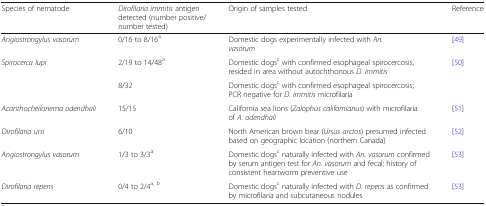
<table><thead><tr><td><b>Species of nematode</b></td><td><b><i>Dirofilaria immitis</i> antigen detected (number positive/number tested)</b></td><td><b>Origin of samples tested</b></td><td><b>Reference</b></td></tr></thead><tbody><tr><td><i>Angiostrongylus vasorum</i></td><td>0/16 to 8/16<sup>a</sup></td><td>Domestic dogs experimentally infected with <i>An. vasorum</i></td><td>[49]</td></tr><tr><td rowspan="2"><i>Spirocerca lupi</i></td><td>2/19 to 14/48<sup>a</sup></td><td>Domestic dogs<sup>c</sup> with confirmed esophageal spirocercosis, resided in area without autochthonous <i>D. immitis</i></td><td rowspan="2">[50]</td></tr><tr><td>8/32</td><td>Domestic dogs<sup>c</sup> with confirmed esophageal spirocercosis; PCR negative for <i>D. immitis</i> microfilaria</td></tr><tr><td><i>Acanthocheilonema odendhali</i></td><td>15/15</td><td>California sea lions (<i>Zalophus californianus</i>) with microfilaria of <i>A. odendhali</i></td><td>[51]</td></tr><tr><td><i>Dirofilaria ursi</i></td><td>6/10</td><td>North American brown bear (<i>Ursus arctos</i>) presumed infected based on geographic location (northern Canada)</td><td>[52]</td></tr><tr><td><i>Angiostrongylus vasorum</i></td><td>1/3 to 3/3<sup>a</sup></td><td>Domestic dogs<sup>c</sup> naturally infected with <i>An. vasorum</i> confirmed by serum antigen test for <i>An. vasorum</i> and fecal; history of consistent heartworm preventive use</td><td>[53]</td></tr><tr><td><i>Dirofilaria repens</i></td><td>0/4 to 2/4<sup>a, b</sup></td><td>Domestic dogs<sup>c</sup> naturally infected with <i>D. repens</i> as confirmed by microfilaria and subcutaneous nodules</td><td>[53]</td></tr></tbody></table>